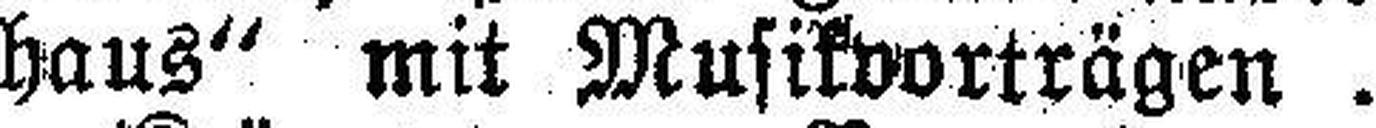
haus“ mit Musikvorträgen.